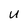
Character: U